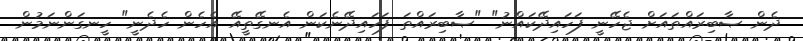
ދެން ޞާބިރައްތައަށް ޖެހޭނީ ފަހައިދޭކައްނު" "ޞާބިރައްތަ ފަހައިދޭނެކަން އެނގޭތީއޭ އެހެން ހެދެނީ" ހީނގަންނަމުން